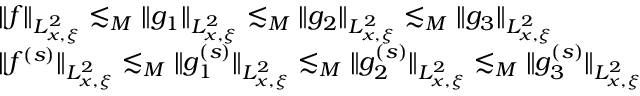
\begin{array} { r l } & { \| f \| _ { L _ { x , \xi } ^ { 2 } } \lesssim _ { M } \| g _ { 1 } \| _ { L _ { x , \xi } ^ { 2 } } \lesssim _ { M } \| g _ { 2 } \| _ { L _ { x , \xi } ^ { 2 } } \lesssim _ { M } \| g _ { 3 } \| _ { L _ { x , \xi } ^ { 2 } } } \\ & { \| f ^ { ( s ) } \| _ { L _ { x , \xi } ^ { 2 } } \lesssim _ { M } \| g _ { 1 } ^ { ( s ) } \| _ { L _ { x , \xi } ^ { 2 } } \lesssim _ { M } \| g _ { 2 } ^ { ( s ) } \| _ { L _ { x , \xi } ^ { 2 } } \lesssim _ { M } \| g _ { 3 } ^ { ( s ) } \| _ { L _ { x , \xi } ^ { 2 } } } \end{array}